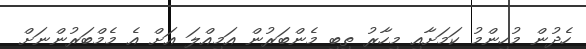
ހެދުން މުހިންމު ކަމަށާއި މިހާރު ތިބި މެންބަރުން އަމިއްލަ އަށް އެ މެމްބަރުންނަށް